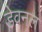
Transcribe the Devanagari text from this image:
डेवनल